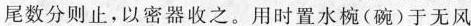
尾数分则止，以密器收之。用时置水椀(碗)于无风